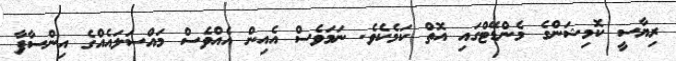
ރިޔާސީ ކޮމިޝަންގެ މެންޑޭޓްގައި އޮތް ކަމެކެވެ. ނަމަވެސް އެއިން އެއްވެސް މައްސަލައެއްގެ އިންސާފާ